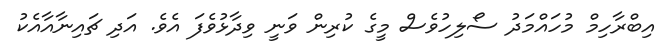
އިބްރާހިމް މުހައްމަދު ސޯލިހުވެސް މީގެ ކުރިން ވަނީ ވިދާޅުވެފަ އެވެ. އަދި ޗައިނާއާއެކު